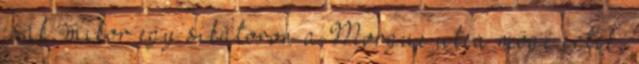
csak, mikor egy sikátoron a Morgue utca mögé értek,